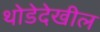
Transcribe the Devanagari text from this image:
थोडेदेखील